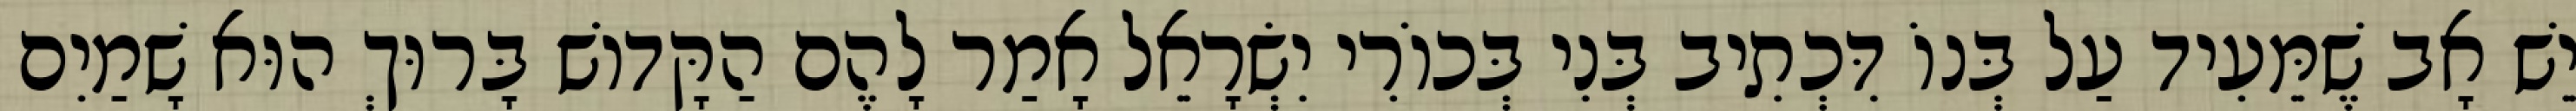
יֵשׁ אָב שֶׁמֵּעִיד עַל בְּנוֹ דִּכְתִיב בְּנִי בְּכוֹרִי יִשְׂרָאֵל אָמַר לָהֶם הַקָּדוֹשׁ בָּרוּךְ הוּא שָׁמַיִם